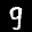
Label: 9